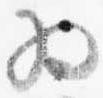
為